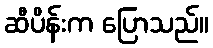
ဆီပိန်းက ပြောသည်။